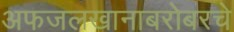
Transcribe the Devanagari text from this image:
अफजलखानाबरोबरचे